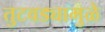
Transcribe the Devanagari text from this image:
तुटवड्यामुळे